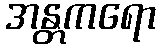
အန္တကရော